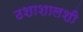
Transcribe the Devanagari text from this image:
ठशाशालशी